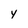
Character: Y